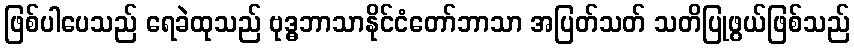
ဖြစ်ပါပေသည် ရေခဲထုသည် ဗုဒ္ဓဘာသာနိုင်ငံတော်ဘာသာ အပြတ်သတ် သတိပြုဖွယ်ဖြစ်သည်